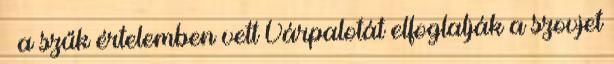
– a szűk értelemben vett Várpalotát elfoglalják a szovjet